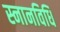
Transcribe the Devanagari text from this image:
स्नानविधि